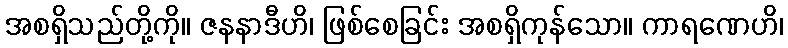
အစရှိသည်တို့ကို။ ဇနနာဒီဟိ၊ ဖြစ်စေခြင်း အစရှိကုန်သော။ ကာရဏေဟိ၊